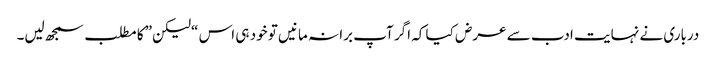
درباری نے نہایت ادب سے عرض کیا کہ اگر آپ برا نہ مانیں تو خود ہی اس “لیکن” کا مطلب سمجھ لیں۔